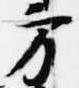
方